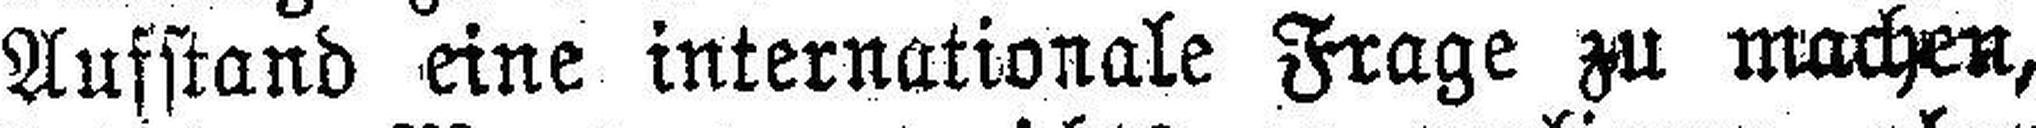
Aufstand eine internationale Frage zu machen,